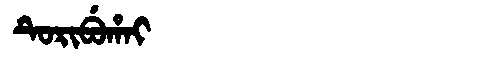
Manchu: ᡨᡠᡵᡳᠪᡠᡥᠠᡳ
Romanization: TURIBUHAI